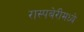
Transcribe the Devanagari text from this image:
रास्पबेरीमध्ये